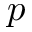
\boldsymbol { p }